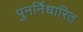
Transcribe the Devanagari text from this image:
पुनर्निधारित